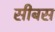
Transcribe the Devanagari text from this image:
सीबस